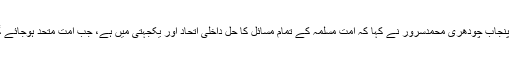
تقریب سے خطاب کرتے ہوئے مہمان خصوصی گورنر پنجاب چودھری محمدسرور نے کہا کہ امت مسلمہ کے تمام مسائل کا حل داخلی اتحاد اور یکجہتی میں ہے، جب امت متحد ہوجائے گی تو کشمیر ،فلسطین جیسے مسائل بھی حل ہوجائینگے۔